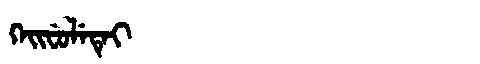
Manchu: ᡴᡝᡳᠸᡠᠯᡝᡨᡝᡳ
Romanization: KEIFULETEI